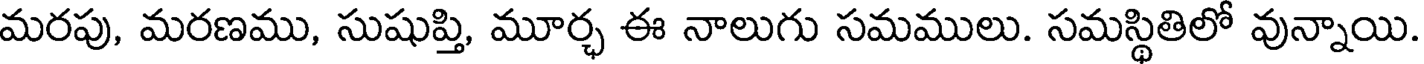
మరపు, మరణము, సుషుప్తి, మూర్చ ఈ నాలుగు సమములు. సమస్థితిలో వున్నాయి.